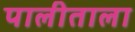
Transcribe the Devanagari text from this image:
पालीताला